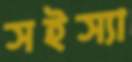
সইস্যা